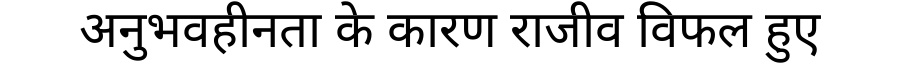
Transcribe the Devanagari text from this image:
अनुभवहीनता के कारण राजीव विफल हुए